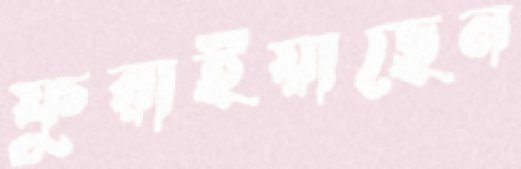
ফুরাইয়াছেন